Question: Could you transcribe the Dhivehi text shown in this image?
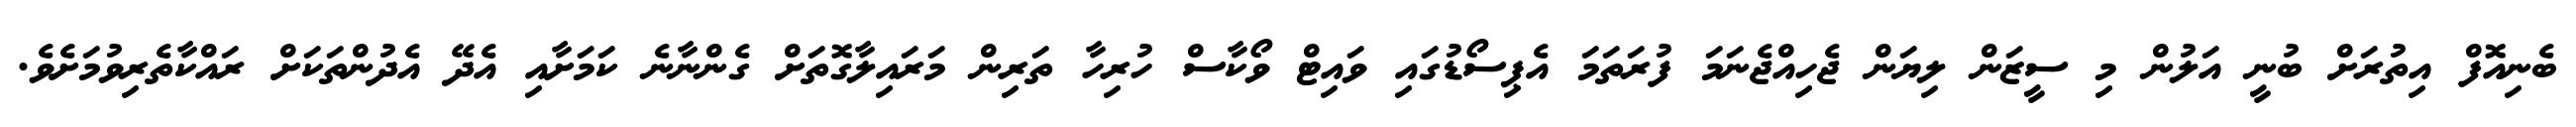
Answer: ބެނިއޮފް އިތުރަށް ބުނީ އަލުން މި ސީޒަން ލިޔަން ޖެހިއްޖެނަމަ ފުރަތަމަ އެޕިސޯޑުގައި ވައިޓް ވޯކާސް ހުރިހާ ތަރިން މަރައިލާގޮތަށް ގެންނާނެ ކަމަށާއި އެދޭ އެދުންތަކަށް ރައްކާތެރިވުމަށެވެ.